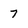
Character: 7